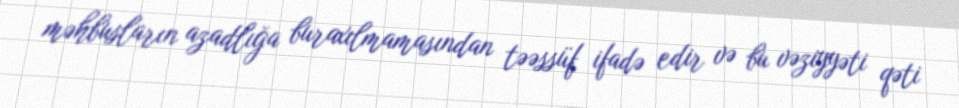
məhbusların azadlığa buraxılmamasından təəssüf ifadə edir və bu vəziyyəti qəti